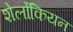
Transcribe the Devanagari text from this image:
शेर्लोकियन